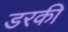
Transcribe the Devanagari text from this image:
डरकी